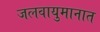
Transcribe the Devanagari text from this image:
जलवायुमानात